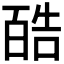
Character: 𪡬